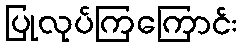
ပြုလုပ်ကြကြောင်း